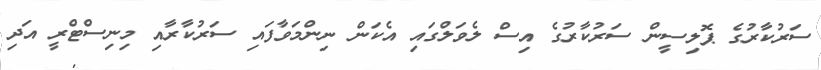
ސަރުކާރުގެ ޕޮލިސީން ސަރުކާރުގެ އިސް ލެވަލްގައި އެކަން ނިންމަވާފައި ސަރުކާރާއި މިނިސްޓްރީ އަދި